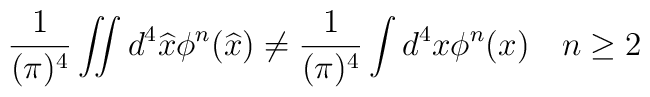
{1\over (\pi)^{4}} \int\!\!\!\int d^{4}\widehat{x} \phi^{n}(\widehat{x}) \neq{1\over (\pi)^{4}} \int d^  {4}x \phi^{n}(x) \quad n\geq 2